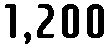
1,200